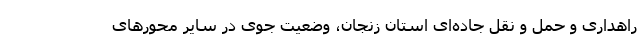
راهداری و حمل و نقل جاده‌ای استان زنجان، وضعیت جوی در سایر محورهای